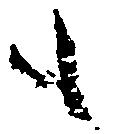
も